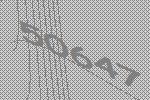
50647